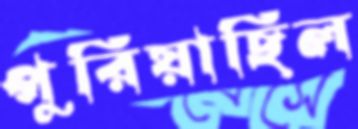
পুরিয়াছিল